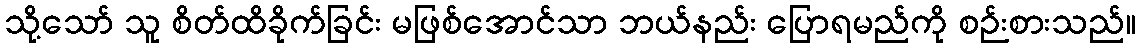
သို့သော် သူ စိတ်ထိခိုက်ခြင်း မဖြစ်အောင်သာ ဘယ်နည်း ပြောရမည်ကို စဉ်းစားသည်။